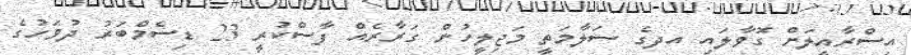
އިސްރާއީލަށް ގޮވާލައި އދގެ ސަލާމަތީ މަޖިލީހުން ގަރާރެއް ފާސްކުރީ 23 ޑިސެމްބަރު ދުވަހުގެ